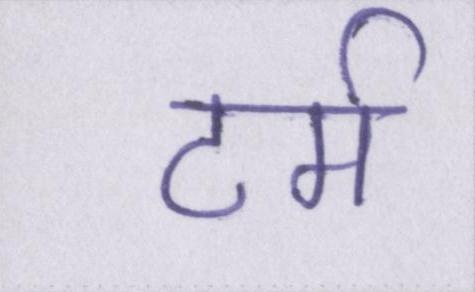
टर्म